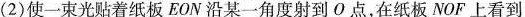
(2)使一束光贴着纸板EON沿某一角度射到O点，在纸板NOF上看到